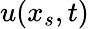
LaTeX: u(x_{s},t)